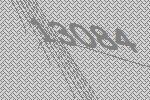
13084